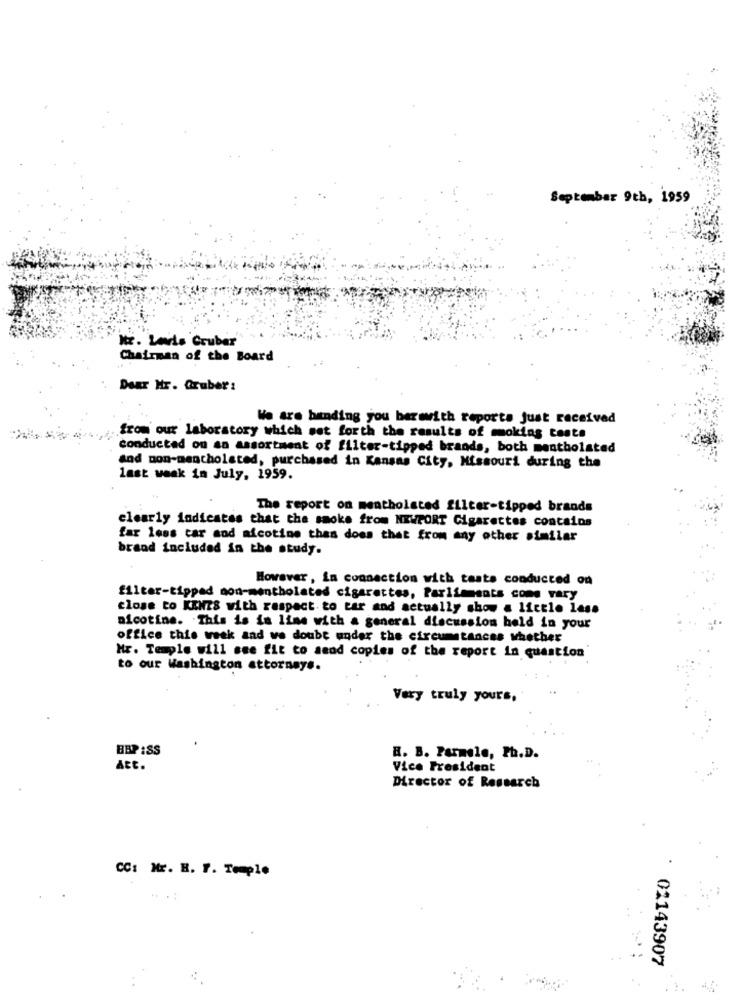
September 9th, 1959
Mr. Lewis Gruber
Chairman of the Board
Dear Hr. Gruber:
We are bending you barewith reports just received
from our laboratory which set forth the results of moking tests
conducted on an assortment of filter-tipped brands, both mentholated
and non-mentholated, purchased in Kansas City, Missouri during the
last weak in July, 1959.
The report on mentholated filter-tipped brands
clearly indicates that the smoke from NEWPORT Cigarettes contains
far less car and nicotine thes does that from any other similar
brand included in the study.
However , In connection with taste conducted on
filter-tipped non-mentholated cigarettes, Pariiments come vary
close to KENZS with respect to tar and actually show a little lase
nicotine. This is in line with a general discussion held in your
office this week and ve doubt under the circumstances whether
Mr. Temple will see fit to send copies of the report in question
to our Washington attorneys.
Very truly yours,
BBP :SS
B. B. Parmele, Ph.D.
Att.
Vice President
Director of Research
CC: Mr. H. F. Temple
02143907